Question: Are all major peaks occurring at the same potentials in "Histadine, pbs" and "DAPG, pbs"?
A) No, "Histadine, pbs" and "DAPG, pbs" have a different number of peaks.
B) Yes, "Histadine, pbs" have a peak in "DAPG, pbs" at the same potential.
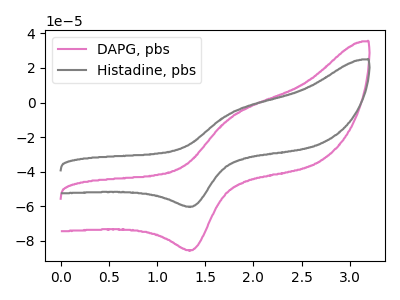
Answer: <think>The pink curve "DAPG, pbs" has an anodic peak at (1.75V, -8.35uA) and a cathodic peak at (1.35V, -85.25uA). The gray curve "Histadine, pbs" has an anodic peak at (1.75V, -5.90uA) and a cathodic peak at (1.35V, -60.10uA).</think>
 <answer>B) Yes, "Histadine, pbs" have a peak in "DAPG, pbs" at the same potential.</answer>
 <eval>B</eval>